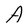
Character: A